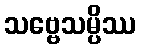
သဗ္ဗေသမ္ပိဿ